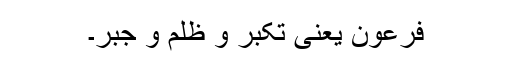
فرعون یعنی تکبر و ظلم و جبر۔